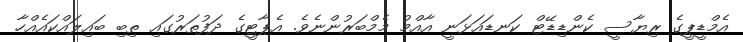
އެމްޑީޕީގެ ރިޔާސީ ކެންޑިޑޭޓް ކަނޑައަޅަނީ އާއްމު މެމްބަރުންނެވެ. އެޕާޓީގެ ދަފުތަރުގައި ތިބި ބައިލައްކައެއްހާ